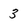
Character: 3